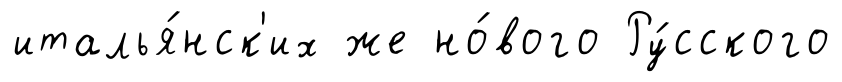
италья́нск'их же но́вого Ру́сского